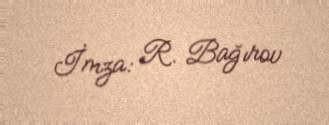
İmza: R. Bağırov